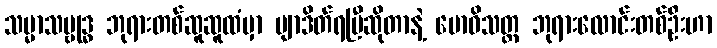
သမ္မာသမ္ဗုဒ္ဓ ဘုရားတစ်ဆူဆူထံမှာ ဗျာဒိတ်ရပြီဆိုတာနဲ့ ဗောဓိသတ္တ ဘုရားလောင်းတစ်ဦးဟာ